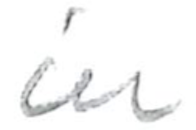
Text: in
Cross-out: clean
Writing tool: pencil